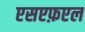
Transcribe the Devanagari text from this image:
एसएफ़एल